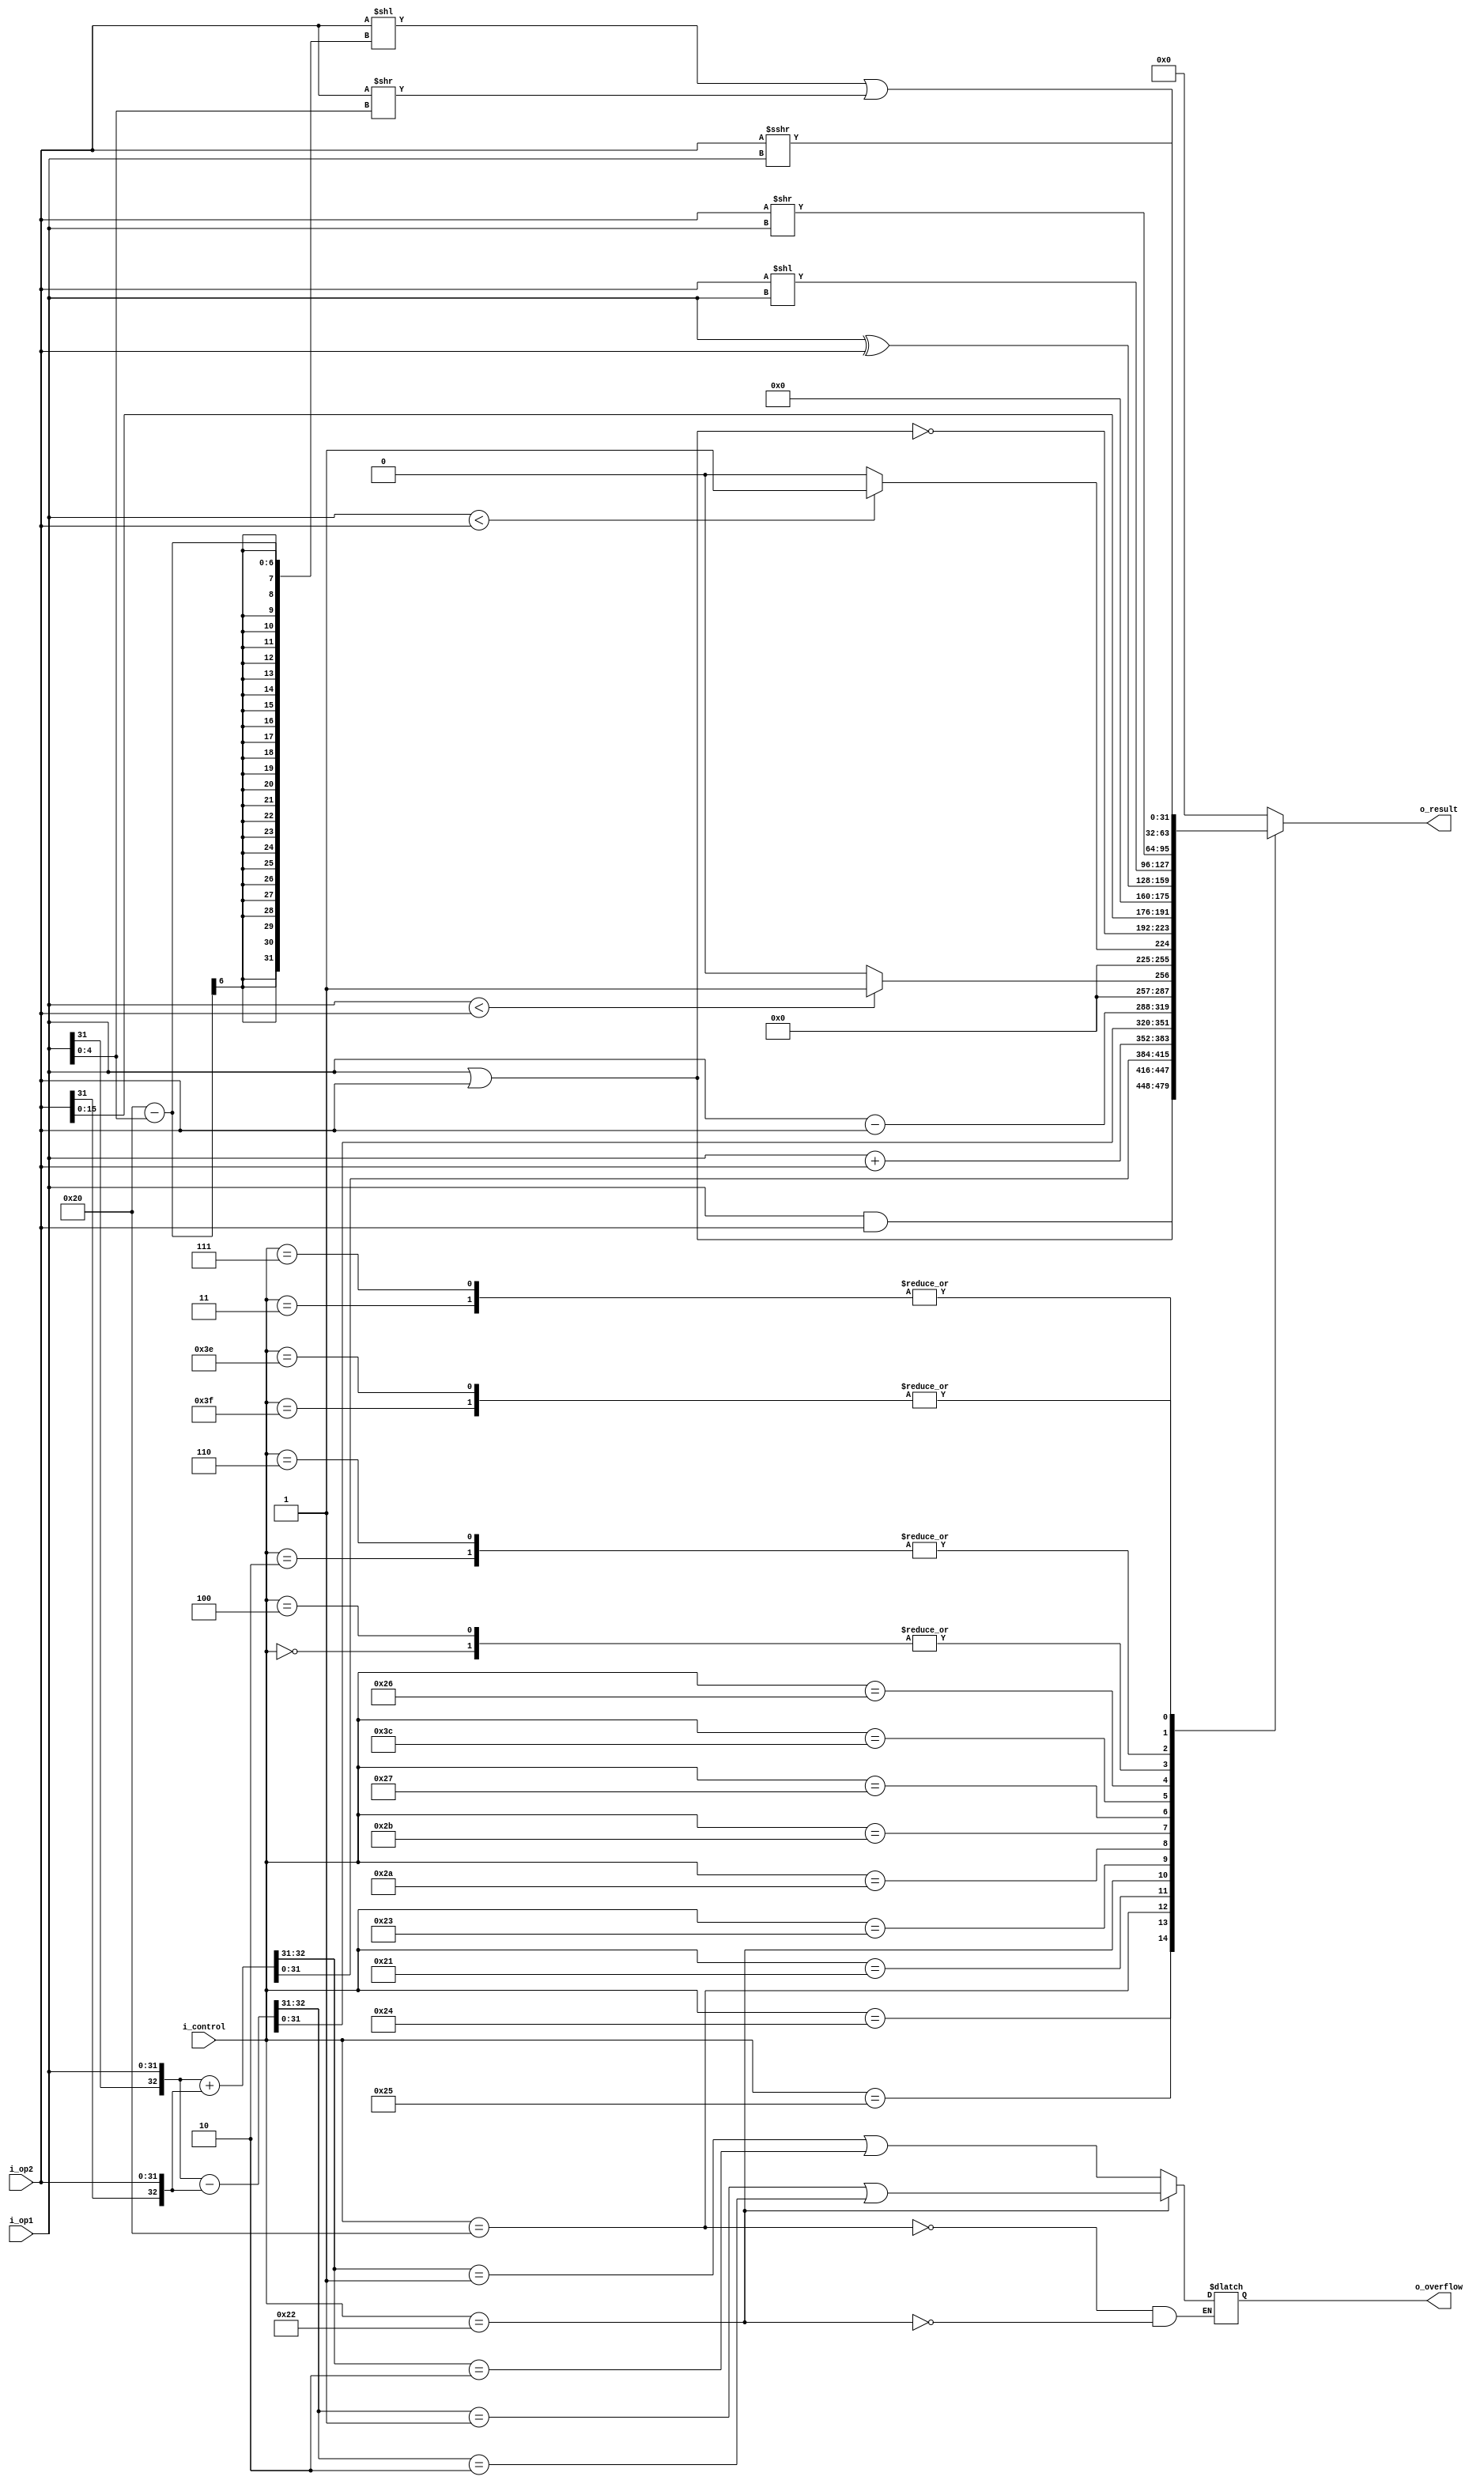
module alu(i_op1, i_op2, i_control, o_result, o_overflow);

localparam F_AND = 6'b100100, F_OR = 6'b100101,   F_ADD = 6'b100000;
localparam F_SUB = 6'b100010, F_SLT = 6'b101010, F_NOR = 6'b100111;
localparam F_ADDU = 6'b100001, F_SUBU = 6'b100011, F_XOR = 6'b100110;
localparam F_SLTU = 6'b101011, F_SLLV = 6'b000100, F_LUI = 6'b111100;
localparam F_SRLV = 6'b000110, F_SRAV = 6'b000111, F_SLL = 6'b000000;
localparam F_SRL = 6'b000010, F_SRA = 6'b000011;
localparam F_ROTR = 6'b111110, F_ROTRV = 6'b111111;

input       [31:0]  i_op1, i_op2;
input       [5:0]   i_control;
output  reg [31:0]  o_result;
output  reg         o_overflow;

reg 				extra;

always @(*) begin
  case(i_control)
    F_AND:   o_result = i_op1&i_op2;
     F_OR:   o_result = i_op1|i_op2;
    F_ADD:   
      begin
        {extra,o_result} = {i_op1[31],i_op1} + {i_op2[31],i_op2};
        o_overflow = (({extra, o_result[31]} == 2'b01) | ({extra, o_result[31]} == 2'b10));
      end
   F_ADDU:   o_result = i_op1 + i_op2;
    F_SUB:   
      begin
        {extra,o_result} = {i_op1[31],i_op1} - {i_op2[31],i_op2};
        o_overflow = (({extra, o_result[31]} == 2'b01) | ({extra, o_result[31]} == 2'b10));
      end
   F_SUBU:   o_result = i_op1 - i_op2;
    F_SLT:   o_result = $signed(i_op1)<$signed(i_op2) ? 1 : 0;
   F_SLTU:   o_result = i_op1 < i_op2 ? 1 : 0;
    F_NOR:   o_result =~( i_op1 | i_op2 );
    F_LUI:   o_result = { i_op2 , 16'b0};
    F_XOR:   o_result = i_op1 ^ i_op2;
   F_SLLV, 
    F_SLL:   o_result = i_op2 << i_op1;
   F_SRLV,
    F_SRL:   o_result = i_op2 >> i_op1;
   F_SRAV,
    F_SRA:   o_result = $signed(i_op2) >>> i_op1;
   F_ROTR,   
  F_ROTRV:   o_result = i_op2 << (32-i_op1[4:0]) | i_op2 >> i_op1[4:0];
  default: o_result = 32'b0;
  endcase
end  

endmodule // alu